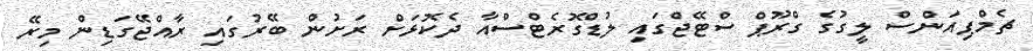
ޗެމްޕިއަންސް ލީގުގެ ގްރޫޕް ސްޓޭޖްގައި ލުޑްގޮރެޓްސްއާ ދެކޮޅަށް ރަށުން ބޭރުގައި ރާއްޖޭގަޑިން މިރޭ